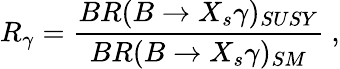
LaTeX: R_{\gamma}=\frac{BR(B\to X_{s}\gamma)_{SUSY}}{BR(B\to X_{s}\gamma)_{SM}}\ ,